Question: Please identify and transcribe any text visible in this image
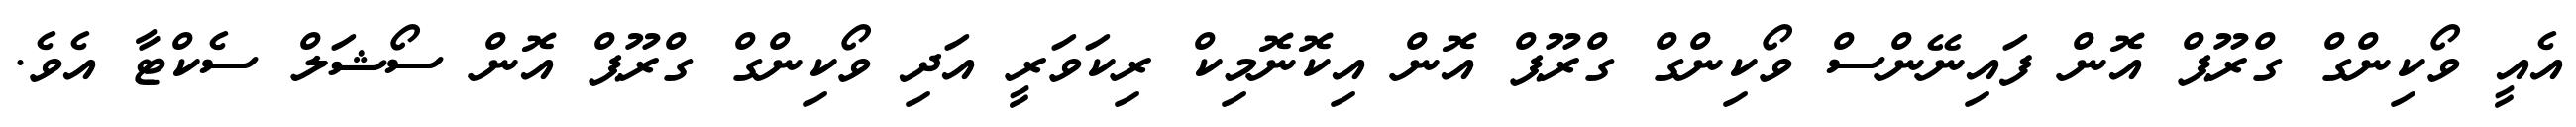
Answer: އެއީ ވޯކިންގް ގްރޫޕް އޮން ފައިނޭންސް ވޯކިންގް ގްރޫޕް އޮން އިކޮނޮމިކް ރިކަވަރީ އަދި ވޯކިންގް ގްރޫޕް އޮން ސޯޝަލް ސެކްޓާ އެވެ.